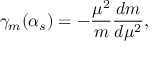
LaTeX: \gamma _ { m } ( \alpha _ { s } ) = - \frac { \mu ^ { 2 } } { m } \frac { d m } { d \mu ^ { 2 } } ,